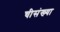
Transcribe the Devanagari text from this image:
चीसंख्या